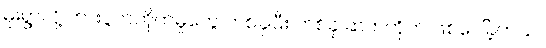
မိုးရွာလို့ ကားပွတ်တိုက်မှုတွေ တစ်ခုပြီး တစ်ခု ဆက်တိုက် ဖြစ်ပေါ်ခဲ့တယ်။